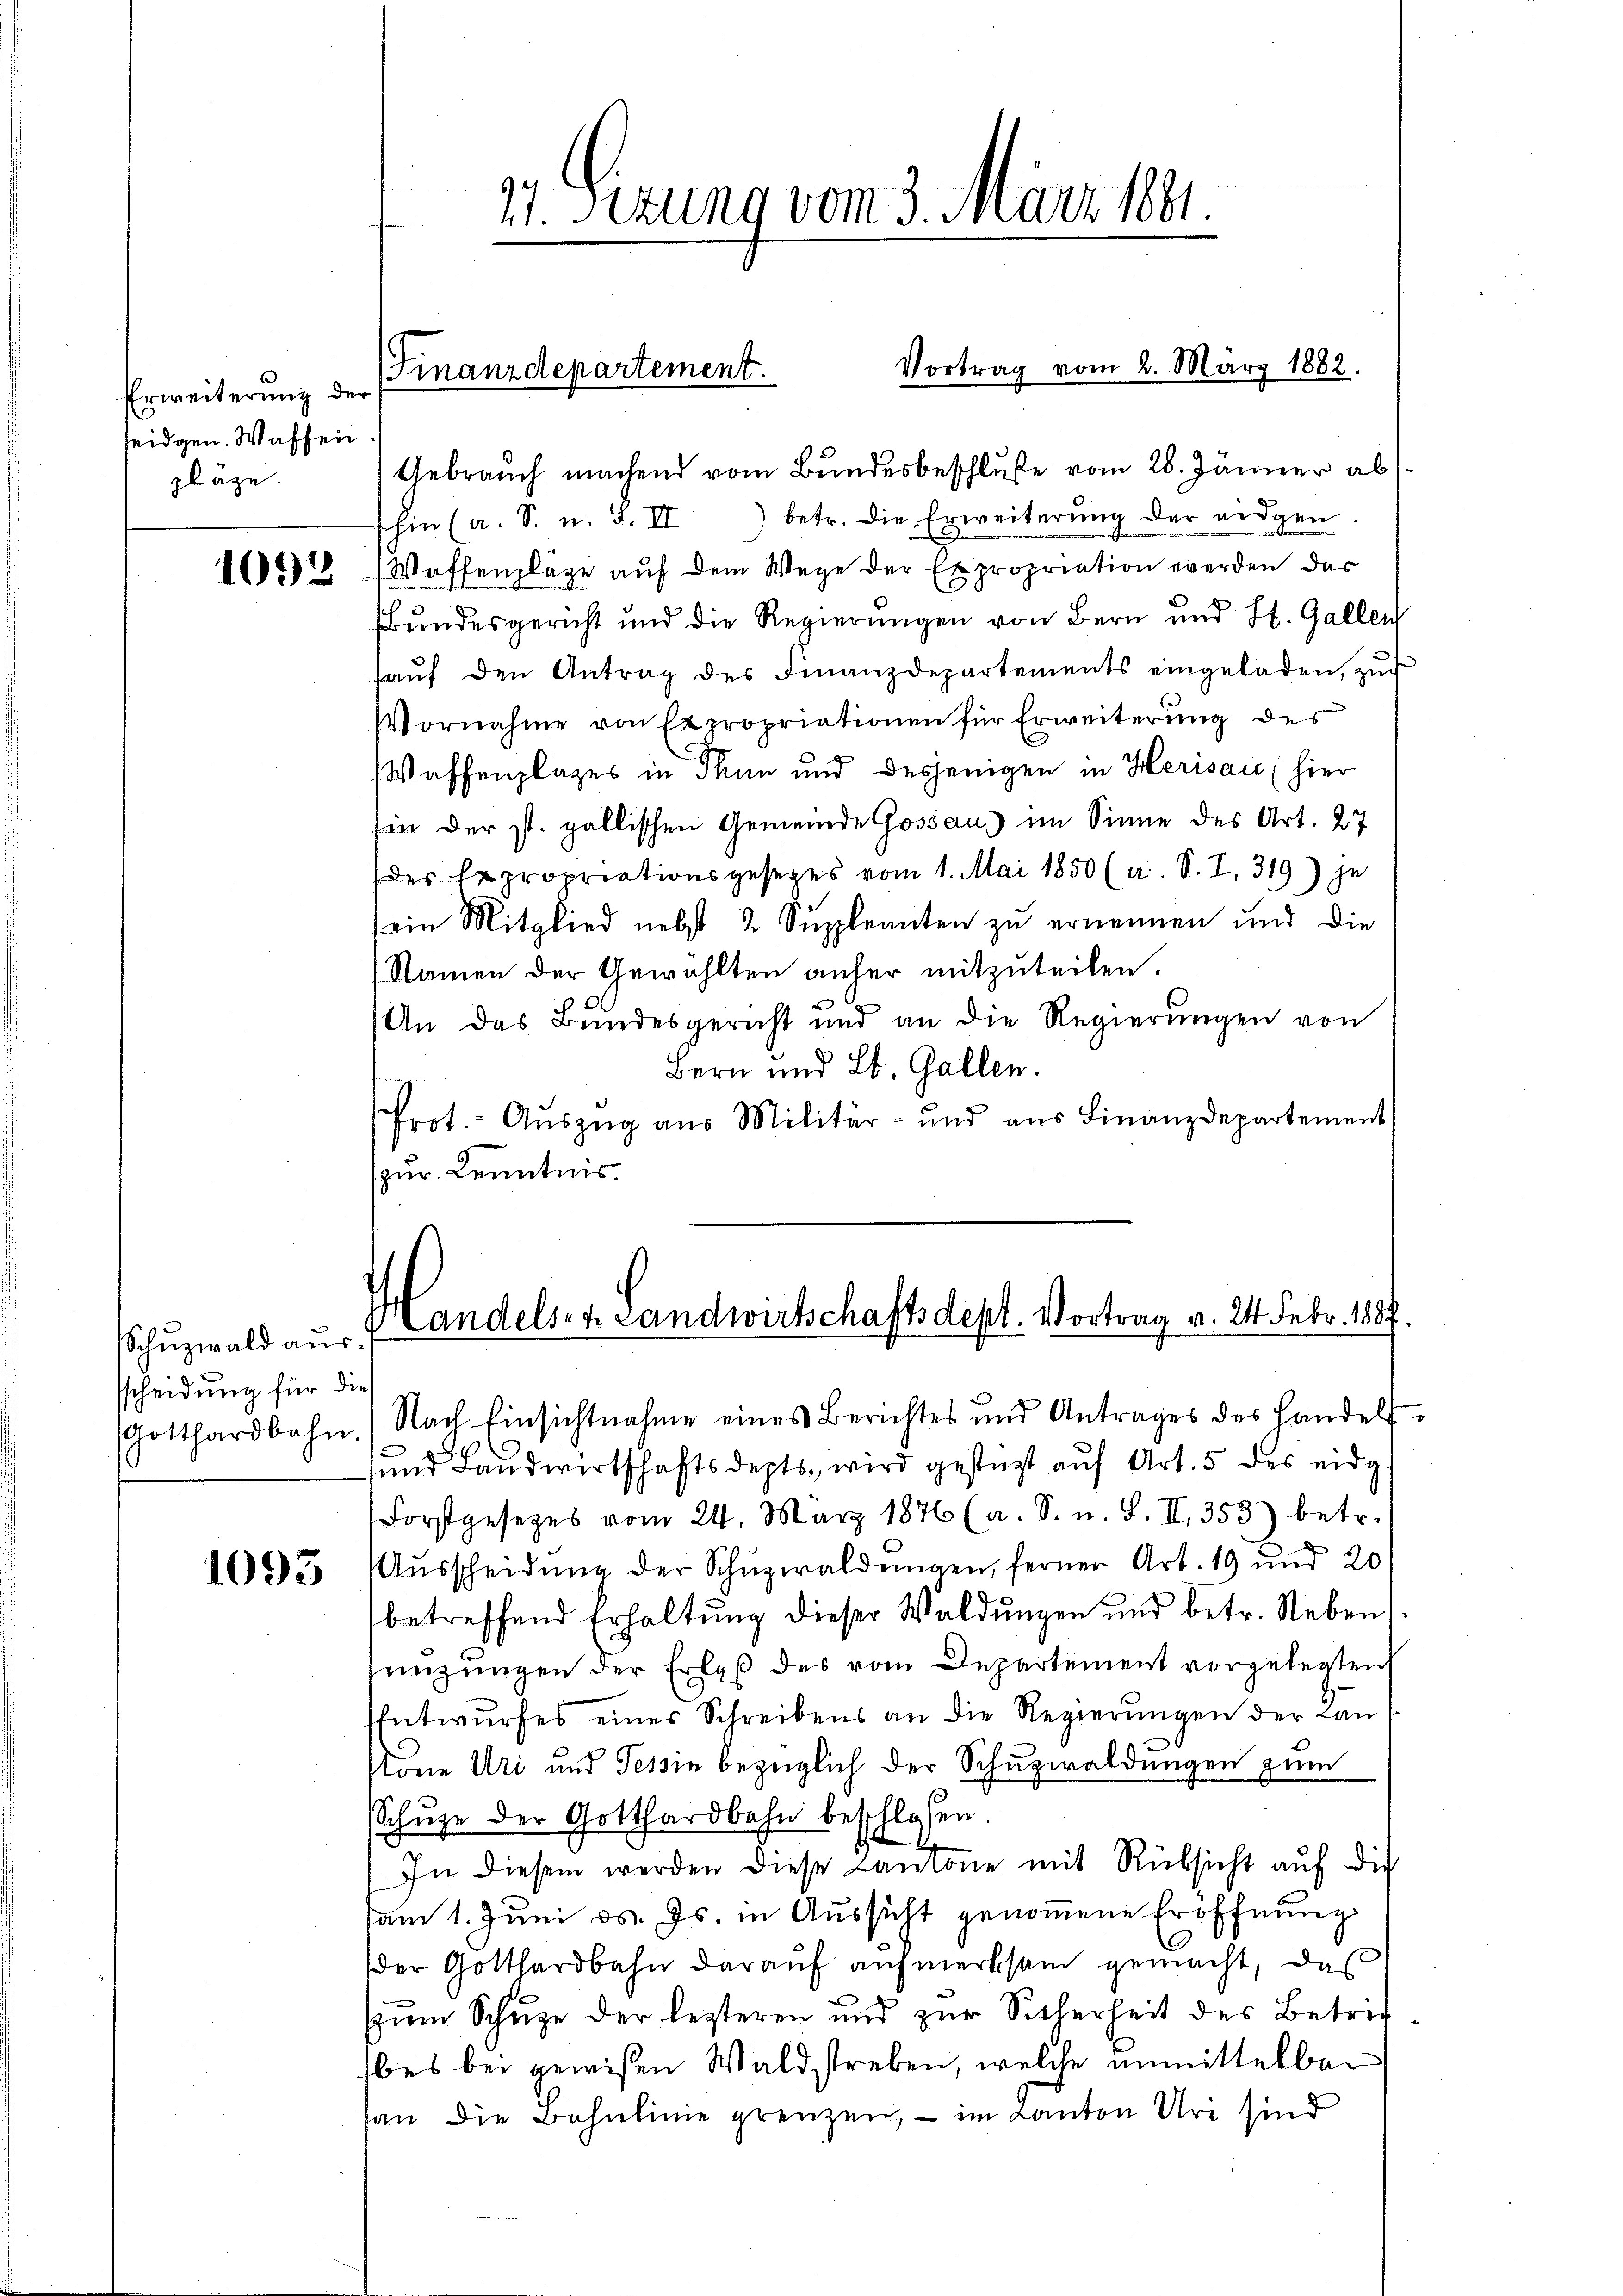
Erweiterung der
seidgen. Waffen
zläge.

1092

Schuzwald aus
sscheidung für die

1093

11. Sezung vom 3. März 1891

Gebrauch machend vom Bundesbeschluße vom 28. Jänner ab
shin (a. S. u. S. II) betr. die Erweiterŭng der eidgen.
Waffenpläge auf dem Wege der Expropriation werden, das
Bundesgericht und die Regierungen von Bern und St. Gallen
haŭf den Antrag des Finanzdepartements eingeladen, zŭr
Vornahme von Expropriationen für Erweiterung des
Waffenplages in Thun und desjenigen in Herisau (hier
hin der st. gallischen Gemeinde Gossau) im Sinne des Art. 27
des Repropriationsgesetzes vom 1. Mai 1850 (u. S. I. 319) je
(ein Mitglied nebst 2 Suppleanten zu ernennen und die
Namen der Gewählten anher mitzuteilen.
An das Bundesgericht und an die Regierŭngen von
Bern und St. Gallen.
Prot.- Aŭszŭg aŭs Militär- und aŭs Finanzdepartement
zur Kenntnis.

Finanzdepartement.

Vortrag vom 2. März 1882.

Handels- u. Landwirtschaftsdept. Vortrag v. 24. Febr. 1887.

Gotthardbahn. Nach Einsichtnahme eines Berichtes und Antrages des Handels-
und Landwirtschaftsdepts, wird gestatt auf Art. 5 des eidg
Forstgesetzes vom 24. März 1876 (a. S. u. S. II. 353) betr.
Aŭsscheidŭng der Schŭzwaldungen, ferner Art. 19 und 20
betreffend Erhaltung dieser Waldungen und betr. Nebens
enzungen der Erlaß des vom Departement vorgelegten
Entwurfes eines Schreibens an die Regierungen der Lanstöne Uri und Tessin bezüglich der Schuzwaldungen zum
Schuze der Gotthardbahn beschlossen
.
In diesem werden diese Cantone mit Rüksicht auf die
am 1. Juni d. Js. in Aussicht genommene Eröffnung
der Gotthardbahn darauf aufmerksam gemacht, das
(zum Schuze der lezteren und zur Sicherheit des Betrie
bes bei gewißen Waldstreben, welche unmittelbar
han die Behelinie grenzen, – im Kanton Uri sind